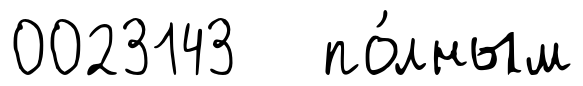
0023143 по́лным